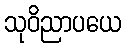
သုဝိညာပယေ